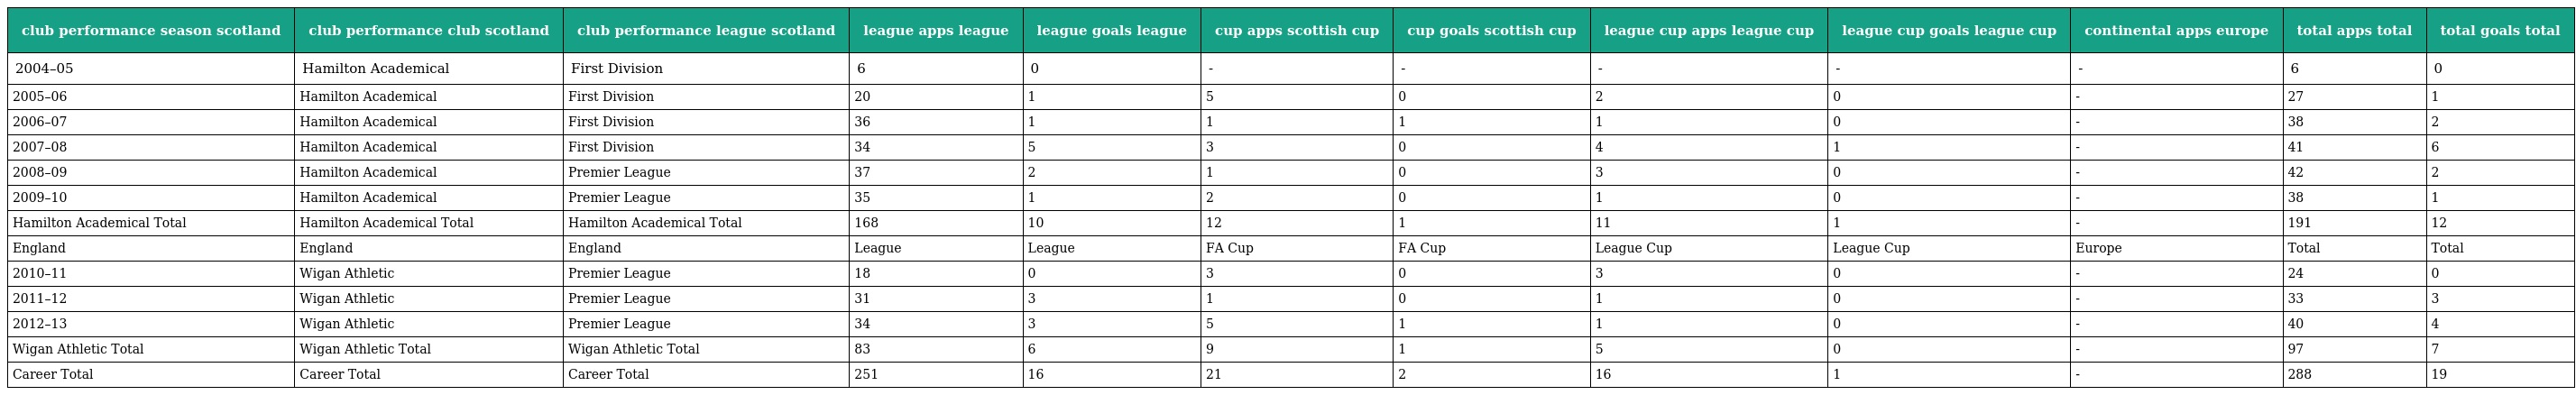
| club performance season scotland | club performance club scotland | club performance league scotland | league apps league | league goals league | cup apps scottish cup | cup goals scottish cup | league cup apps league cup | league cup goals league cup | continental apps europe | total apps total | total goals total |
 | --- | --- | --- | --- | --- | --- | --- | --- | --- | --- | --- | --- |
 | 2004–05 | Hamilton Academical | First Division | 6 | 0 | - | - | - | - | - | 6 | 0 |
 | 2005–06 | Hamilton Academical | First Division | 20 | 1 | 5 | 0 | 2 | 0 | - | 27 | 1 |
 | 2006–07 | Hamilton Academical | First Division | 36 | 1 | 1 | 1 | 1 | 0 | - | 38 | 2 |
 | 2007–08 | Hamilton Academical | First Division | 34 | 5 | 3 | 0 | 4 | 1 | - | 41 | 6 |
 | 2008–09 | Hamilton Academical | Premier League | 37 | 2 | 1 | 0 | 3 | 0 | - | 42 | 2 |
 | 2009–10 | Hamilton Academical | Premier League | 35 | 1 | 2 | 0 | 1 | 0 | - | 38 | 1 |
 | Hamilton Academical Total | Hamilton Academical Total | Hamilton Academical Total | 168 | 10 | 12 | 1 | 11 | 1 | - | 191 | 12 |
 | England | England | England | League | League | FA Cup | FA Cup | League Cup | League Cup | Europe | Total | Total |
 | 2010–11 | Wigan Athletic | Premier League | 18 | 0 | 3 | 0 | 3 | 0 | - | 24 | 0 |
 | 2011–12 | Wigan Athletic | Premier League | 31 | 3 | 1 | 0 | 1 | 0 | - | 33 | 3 |
 | 2012–13 | Wigan Athletic | Premier League | 34 | 3 | 5 | 1 | 1 | 0 | - | 40 | 4 |
 | Wigan Athletic Total | Wigan Athletic Total | Wigan Athletic Total | 83 | 6 | 9 | 1 | 5 | 0 | - | 97 | 7 |
 | Career Total | Career Total | Career Total | 251 | 16 | 21 | 2 | 16 | 1 | - | 288 | 19 |